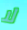
لا